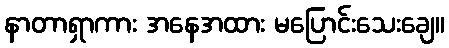
နာတာရှာကား အနေအထား မပြောင်းသေးချေ။